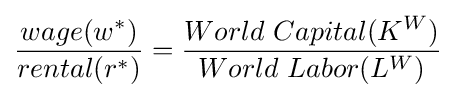
{\frac {wage(w^{*})}{rental(r^{*})}}={\frac {World\ Capital(K^{W})}{World\ Labor(L^{W})}}